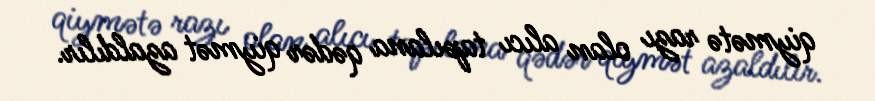
qiymətə razı olan alıcı tapılana qədər qiymət azaldılır.